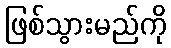
ဖြစ်သွားမည်ကို